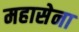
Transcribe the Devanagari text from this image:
महासेना